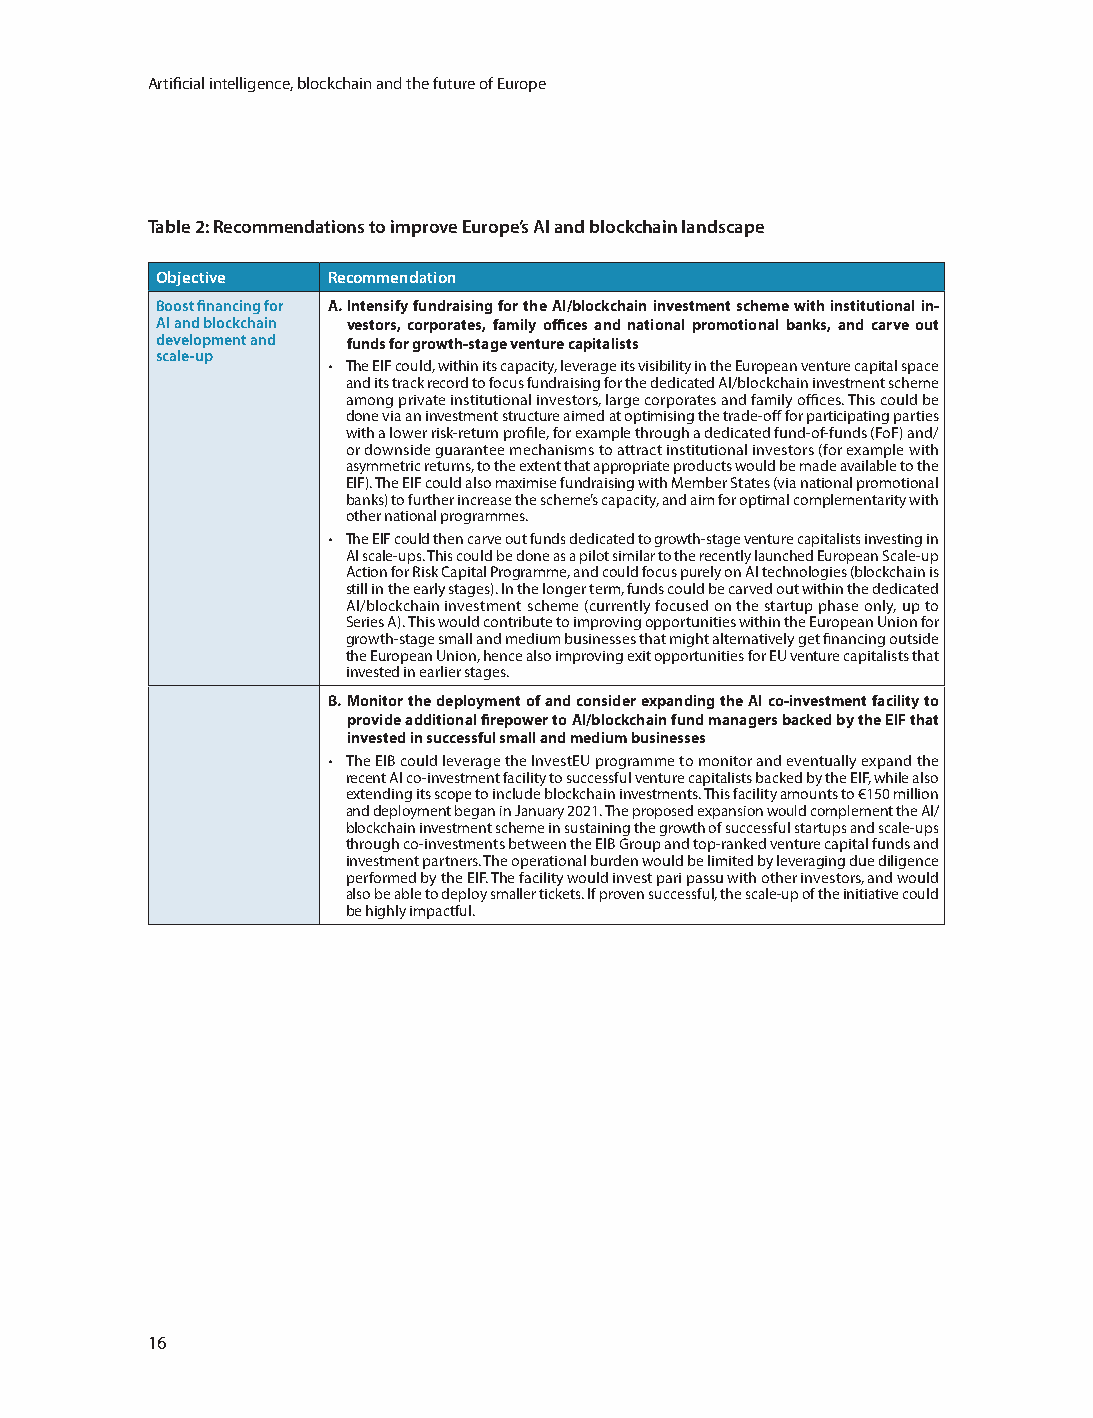
Artificial intelligence, blockchain and the future of Europe
 Table 2: Recommendations to improve Europe’s AI and blockchain landscape
 Objective   Recommendation
 Boost financing for A. Intensify fundraising for the AI/blockchain investment scheme with institutional in-
 AI and blockchain vestors, corporates, family offices and national promotional banks, and carve out
 development and funds for growth-stage venture capitalists
 scale-up
 • The EIF could, within its capacity, leverage its visibility in the European venture capital space
 and its track record to focus fundraising for the dedicated AI/blockchain investment scheme
 among private institutional investors, large corporates and family offices. This could be
 done via an investment structure aimed at optimising the trade-off for participating parties
 with a lower risk-return profile, for example through a dedicated fund-of-funds (FoF) and/
 or downside guarantee mechanisms to attract institutional investors (for example with
 asymmetric returns, to the extent that appropriate products would be made available to the
 EIF). The EIF could also maximise fundraising with Member States (via national promotional
 banks) to further increase the scheme’s capacity, and aim for optimal complementarity with
 other national programmes.
 • The EIF could then carve out funds dedicated to growth-stage venture capitalists investing in
 AI scale-ups. This could be done as a pilot similar to the recently launched European Scale-up
 Action for Risk Capital Programme, and could focus purely on AI technologies (blockchain is
 still in the early stages). In the longer term, funds could be carved out within the dedicated
 AI/blockchain investment scheme (currently focused on the startup phase only, up to
 Series A). This would contribute to improving opportunities within the European Union for
 growth-stage small and medium businesses that might alternatively get financing outside
 the European Union, hence also improving exit opportunities for EU venture capitalists that
 invested in earlier stages.
 B. Monitor the deployment of and consider expanding the AI co-investment facility to
 provide additional firepower to AI/blockchain fund managers backed by the EIF that
 invested in successful small and medium businesses
 • The EIB could leverage the InvestEU programme to monitor and eventually expand the
 recent AI co-investment facility to successful venture capitalists backed by the EIF, while also
 extending its scope to include blockchain investments. This facility amounts to €150 million
 and deployment began in January 2021. The proposed expansion would complement the AI/
 blockchain investment scheme in sustaining the growth of successful startups and scale-ups
 through co-investments between the EIB Group and top-ranked venture capital funds and
 investment partners. The operational burden would be limited by leveraging due diligence
 performed by the EIF. The facility would invest pari passu with other investors, and would
 also be able to deploy smaller tickets. If proven successful, the scale-up of the initiative could
 be highly impactful.
 16